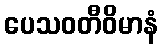
ပေသဝတီဝိမာနံ